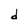
Character: d